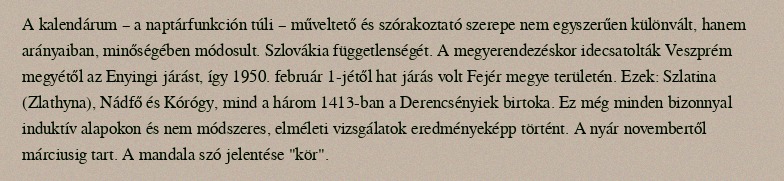
A kalendárum – a naptárfunkción túli – műveltető és szórakoztató szerepe nem egyszerűen különvált, hanem arányaiban, minőségében módosult. Szlovákia függetlenségét. A megyerendezéskor idecsatolták Veszprém megyétől az Enyingi járást, így 1950. február 1-jétől hat járás volt Fejér megye területén. Ezek: Szlatina (Zlathyna), Nádfő és Kórógy, mind a három 1413-ban a Derencsényiek birtoka. Ez még minden bizonnyal induktív alapokon és nem módszeres, elméleti vizsgálatok eredményeképp történt. A nyár novembertől márciusig tart. A mandala szó jelentése "kör".